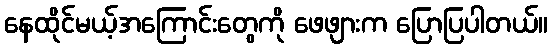
နေထိုင်မယ့်အကြောင်းတွေကို ဖေဖျားက ပြောပြပါတယ်။